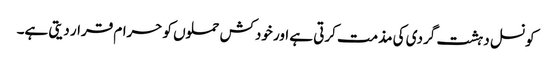
کونسل دہشت گردی کی مذمت کرتی ہے اور خودکش حملوں کو حرام قرار دیتی ہے۔